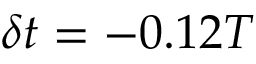
\delta t = - 0 . 1 2 T